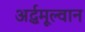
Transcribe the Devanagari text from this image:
अर्द्धमूल्वान